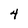
Character: 4